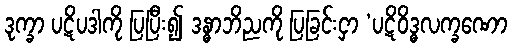
ဒုက္ခာ ပဋိပဒါကို ပြပြီး၍ ဒန္ဓာဘိညကို ပြခြင်းငှာ ‘ပဋိဝိဒ္ဓလက္ခဏော